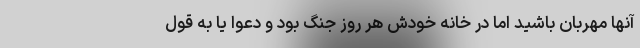
آنها مهربان باشید اما در خانه خودش هر روز جنگ بود و دعوا یا به قول